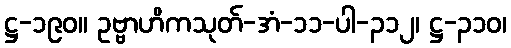
ဋ္ဌ-၁၉၀။ ဥဗ္ဗာဟိကသုတ်-အံ-၁၁-ပါ-၃၁၂၊ ဋ္ဌ-၃၁၀၊